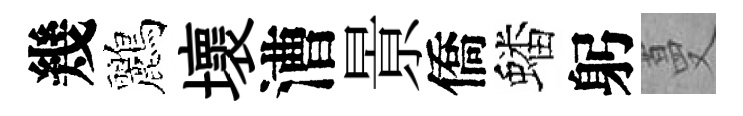
幾鸝壞漕㬌僑蟠躬蔓